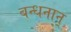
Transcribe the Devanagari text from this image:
बन्धनान्